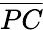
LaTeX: \overline{{PC}}